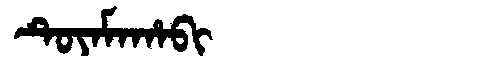
Manchu: ᡨᡠᠶᠠᠮᠠᡥᠠᠪᡳ
Romanization: TUYAMAHABI